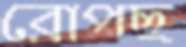
রোপছ